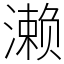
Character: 濑